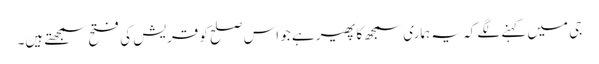
جی میں کہنے لگے کہ یہ ہماری سمجھ کا پھیر ہے جو اس صلح کو قریش کی فتح سمجھتے ہیں۔